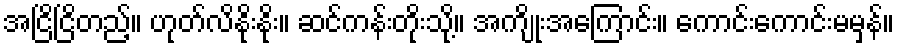
အငြိငြိတည့်။ ဟုတ်လိနိုးနိုး။ ဆင်ကန်းတိုးသို့။ အကျိုးအကြောင်း။ ကောင်းကောင်းမမှန်။